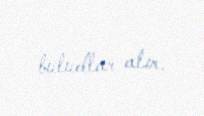
buludlar alır.